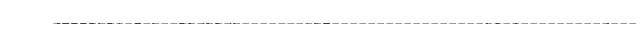
-----------------------------------------------------------------